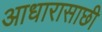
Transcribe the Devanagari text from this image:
आधारासाछी